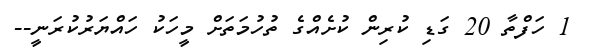
1 ހަފްތާ 20 ގަޑި ކުރިން ކުށެއްގެ ތުހުމަތަށް މީހަކު ހައްޔަރުކުރަނީ--